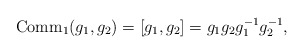
\begin{align*}\operatorname{Comm}_{1}(g_1,g_2)=[g_1,g_2]=g_1g_2g_1^{-1}g_2^{-1},\end{align*}